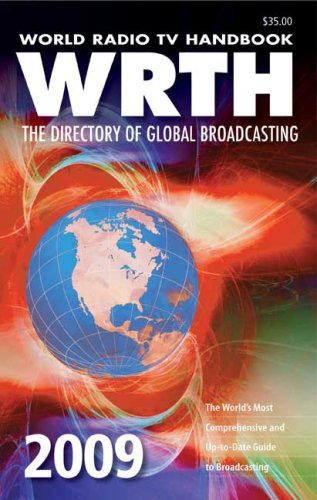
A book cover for World Radio TV Handbook 2009 Edition: The Directory of Global Broadcasting; WRTH; Humor & Entertainment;